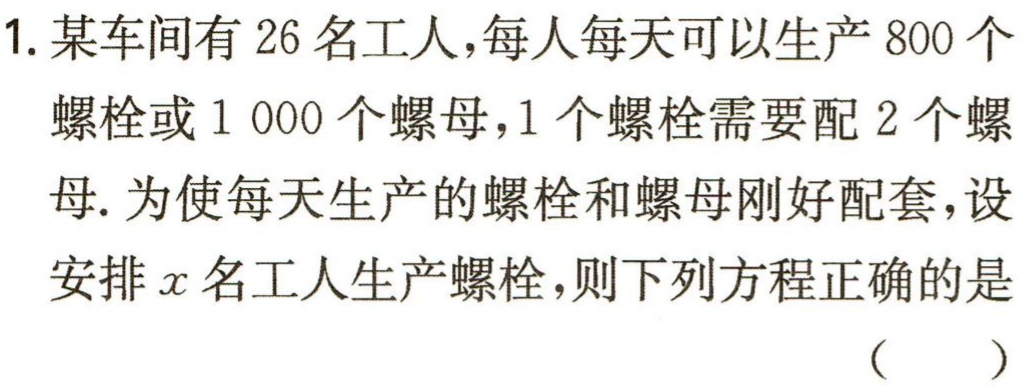
1. 某车间有 26 名工人，每人每天可以生产 800 个螺栓或 1 000 个螺母，1 个螺栓需要配 2 个螺母. 为使每天生产的螺栓和螺母刚好配套，设安排\(x\)名工人生产螺栓，则下列方程正确的是

（  ）